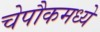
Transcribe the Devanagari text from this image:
चेपौकमध्ये